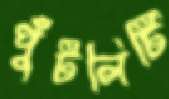
পুঁটলিটি